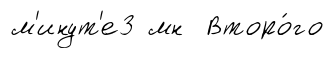
м'инут'е3 мн Второ́го